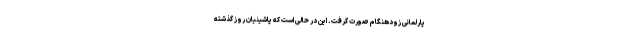
پارلمانی زودهنگام صورت گرفت. این در حالی است که پاشینیان روز گذشته